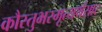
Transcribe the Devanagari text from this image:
कौस्तुभस्मृत्यर्थसार